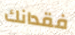
فقدانك